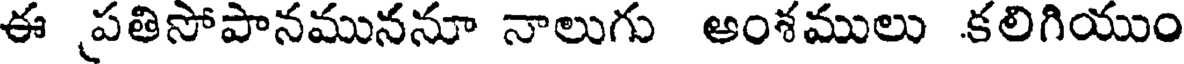
ఈ పతిసోపానముననూ నాలుగు అంశములు కలిగియుం